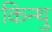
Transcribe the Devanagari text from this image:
किन्थु